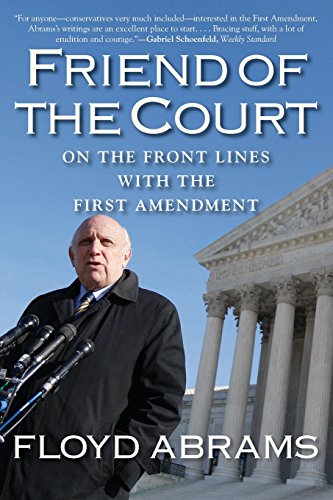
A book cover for Friend of the Court: On the Front Lines with the First Amendment; Floyd Abrams; Law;